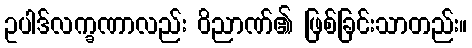
ဥပါဒ်လက္ခဏာလည်း ဝိညာဏ်၏ ဖြစ်ခြင်းသာတည်း။